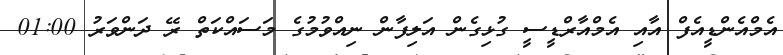
އެމްއެންޑީއެފް އާއި އެމްއާރްޑީސީ ގުޅިގެން އަލިފާން ނިއްވުމުގެ މަސައްކަތް ރޭ ދަންވަރު 01:00